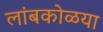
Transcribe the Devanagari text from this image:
लांबकोळया